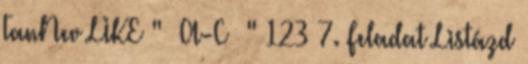
TanNev LIKE " A-C " 123 7. Feladat Listázd